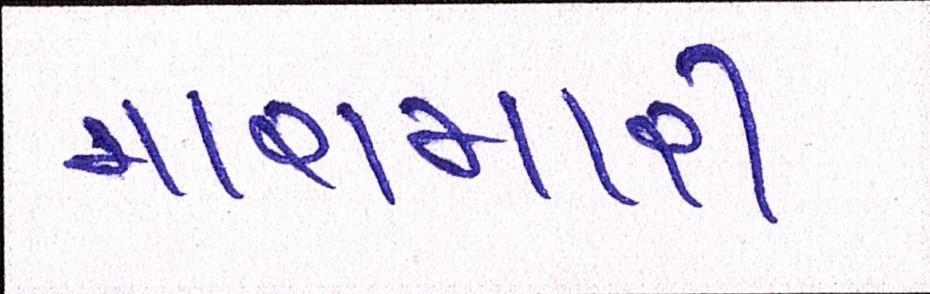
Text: મારામારી